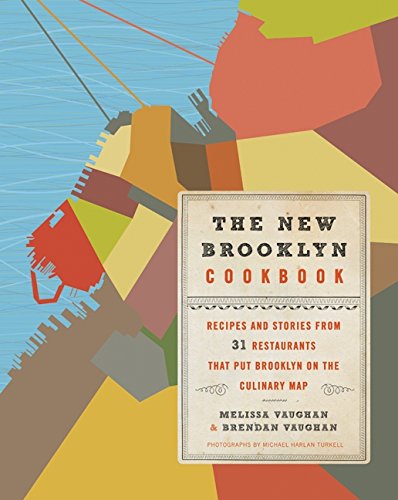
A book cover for The New Brooklyn Cookbook: Recipes and Stories from 31 Restaurants That Put Brooklyn on the Culinary Map; Melissa Vaughan; Cookbooks, Food & Wine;